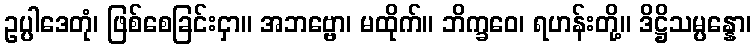
ဥပ္ပါဒေတုံ၊ ဖြစ်စေခြင်းငှာ။ အဘဗ္ဗော၊ မထိုက်။ ဘိက္ခဝေ၊ ရဟန်းတို့။ ဒိဋ္ဌိသမ္ပန္နော၊